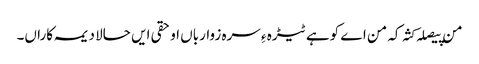
من پیصلہ کثہ کہ من اے کوہے ٹیڑہ ءِ سرہ زوارباں او حقی ایں حالا دیمہ کاراں۔